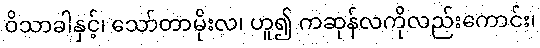
ဝိသာခါနှင့်၊ သော်တာမိုးလ၊ ဟူ၍ ကဆုန်လကိုလည်းကောင်း၊